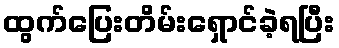
ထွက်ပြေးတိမ်းရှောင်ခဲ့ရပြီး